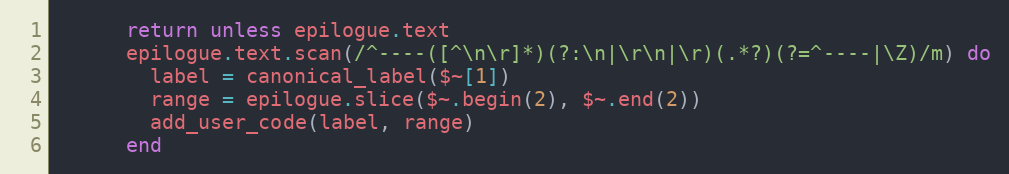
Language: Ruby
      return unless epilogue.text
      epilogue.text.scan(/^----([^\n\r]*)(?:\n|\r\n|\r)(.*?)(?=^----|\Z)/m) do
        label = canonical_label($~[1])
        range = epilogue.slice($~.begin(2), $~.end(2))
        add_user_code(label, range)
      end